Civil Veterinary Department. Madras. Admin. report 1926-33 - 1926-1933
Year: 1926
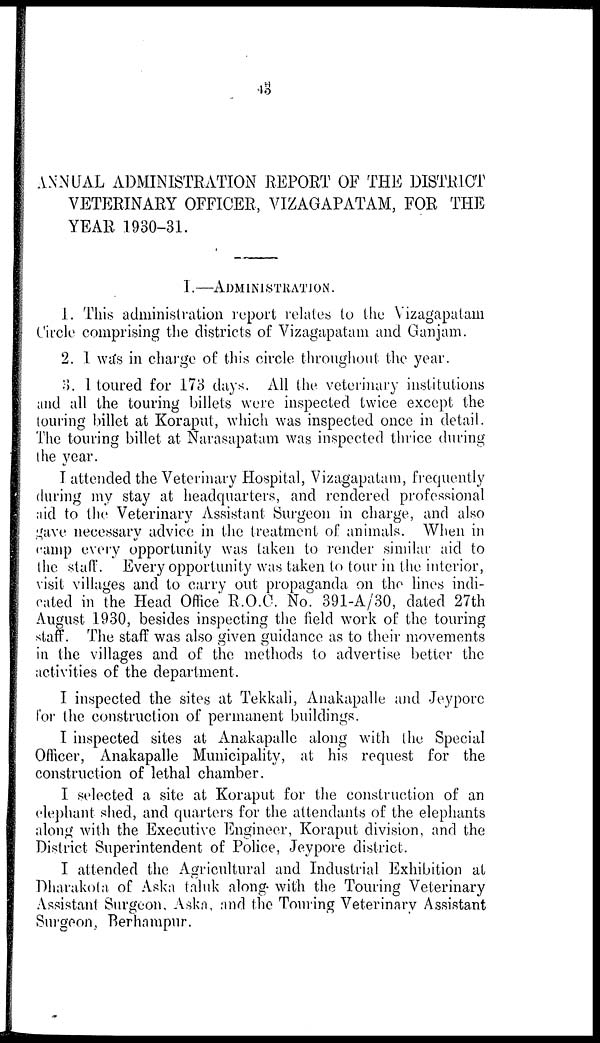
43
ANNUAL ADMINISTRATION REPORT OF THE DISTRICT
VETERINARY OFFICER, VIZAGAPATAM, FOR THE
YEAR 1930-31.
I.—ADMINISTRATION.
1. This administration report relates to the Vizagapatam
Circle comprising the districts of Vizagapatam and Ganjam.
2. I was in charge of this circle throughout the year.
3. I toured for 173 days. All the veterinary institutions
and all the touring billets were inspected twice except the
touring billet at Koraput, which was inspected once in detail.
The touring billet at Narasapatam was inspected thrice during
the year.
I attended the Veterinary Hospital, Vizagapatam, frequently
during my stay at headquarters, and rendered professional
aid to the Veterinary Assistant Surgeon in charge, and also
gave necessary advice in the treatment of animals. When in
camp every opportunity was taken to render similar aid to
the staff. Every opportunity was taken to tour in the interior,
visit villages and to carry out propaganda on the lines indi-
cated in the Head Office R.O.C. No. 391-A/30, dated 27th
August 1930, besides inspecting the field work of the touring
staff. The staff was also given guidance as to their movements
in the villages and of the methods to advertise better the
activities of the department.
I inspected the sites at Tekkali, Anakapalle and Jeypore
for the construction of permanent buildings.
I inspected sites at Anakapalle along with the Special
Officer, Anakapalle Municipality, at his request for the
construction of lethal chamber.
I selected a site at Koraput for the construction of an
elephant shed, and quarters for the attendants of the elephants
along with the Executive Engineer, Koraput division, and the
District Superintendent of Police, Jeypore district.
I attended the Agricultural and Industrial Exhibition at
Dharakola of Aska taluk along with the Touring Veterinary
Assistant Surgeon, Aska, and the Touring Veterinary Assistant
Surgeon, Berhampur.